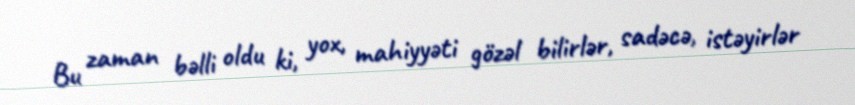
Bu zaman bəlli oldu ki, yox, mahiyyəti gözəl bilirlər, sadəcə, istəyirlər